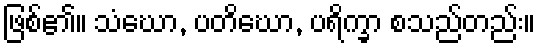
ဖြစ်၏။ သံဃော, ပတိဃော, ပရိက္ခာ စသည်တည်း။